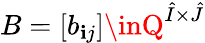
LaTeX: B=[b_{\mathbf{i}j}]\inQ^{\hat{{I}}\times\hat{{J}}}